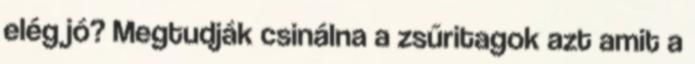
elég jó? Megtudják csinálna a zsűritagok azt amit a